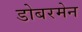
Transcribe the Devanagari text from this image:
डोबरमेन